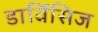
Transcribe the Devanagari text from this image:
डार्विसिज